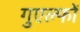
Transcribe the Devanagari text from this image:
गुएल्फों